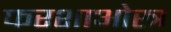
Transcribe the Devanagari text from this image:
फरशाओस्त्र